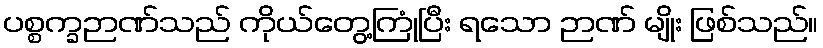
ပစ္စက္ခဉာဏ်သည် ကိုယ်တွေ့ကြုံပြီး ရသော ဉာဏ် မျိုး ဖြစ်သည်။